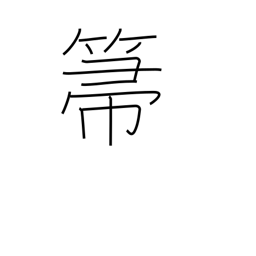
Meaning: broom